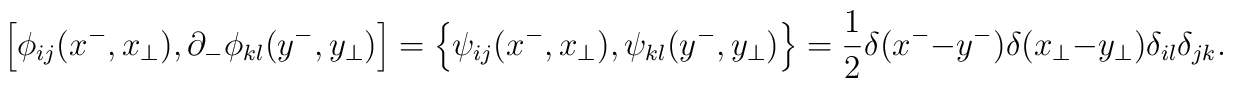
\left[\phi_{ij}(x^-,x_\perp),\partial_-\phi_{kl}(y^-,y_\perp)\right]=\left\{\psi_{ij}(x^-,x_\perp),\psi_{kl}(y^-,y_\perp)\right\}=\frac{1}{2}\delta(x^- -y^-)\delta(x_\perp -y_\perp)\delta_{il}\delta_{jk}.